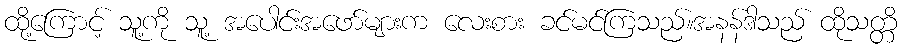
ထို့ကြောင့် သူ့ကို သူ့ အပေါင်းအဖော်များက လေးစား ခင်မင်ကြသည်။အနန်ဒါသည် ထိုသတ္တိ